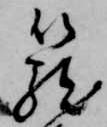
籠